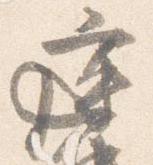
庭